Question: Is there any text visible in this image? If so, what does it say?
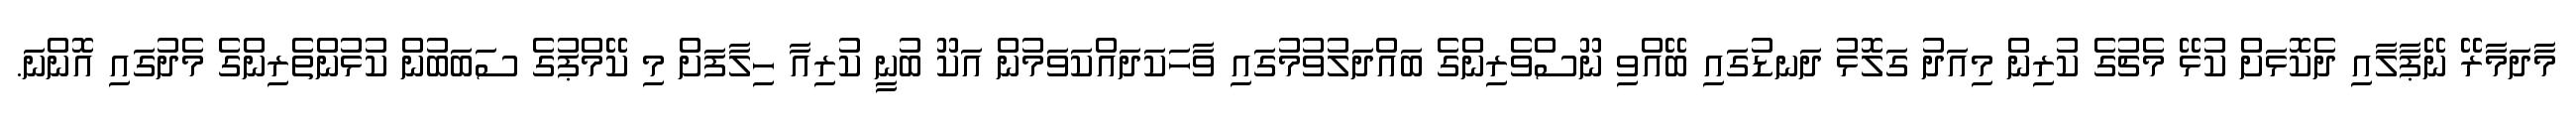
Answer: މާދަމާރޭ ނޭޕާލާއި ދެކޮޅަށް ކުޅޭ މެޗުގެ ކުރިން މިއަދު ގަލޮޅު ދަނޑުގައި ބޭއްވި ނޫސްވެރިންގެ ބައްދަލުވުމުގައި ވާހަކަދައްކަވަމުން އަކޫ ބުނީ ކުރިއާ ހިލާފަށް މި ކޭމްޕުގެ ސަބަބުން ކުޅުންތެރިންގެ މެދުގައި އޮންނަ.